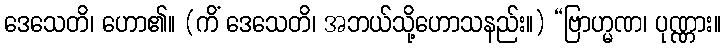
ဒေသေတိ၊ ဟော၏။ (ကိံ ဒေသေတိ၊ အဘယ်သို့ဟောသနည်း။) “ဗြာဟ္မဏ၊ ပုဏ္ဏား။